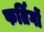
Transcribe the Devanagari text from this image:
फर्तिगों